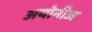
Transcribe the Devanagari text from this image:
अयोनीज